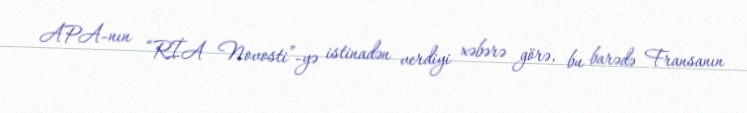
APA-nın “RİA Novosti”-yə istinadən verdiyi xəbərə görə, bu barədə Fransanın